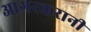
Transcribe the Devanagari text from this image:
आगरकरानी